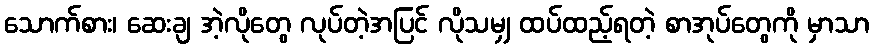
သောက်စား၊ ဆေးချ အဲ့လိုတွေ လုပ်တဲ့အပြင် လိုသမျှ ထပ်ထည့်ရတဲ့ စာအုပ်တွေကို မှာသာ